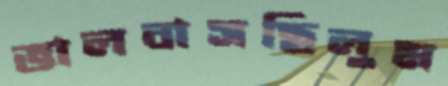
ভালবাসছিলুম